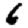
Digit: 6